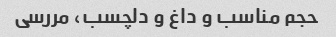
حجم مناسب و داغ و دلچسب، مررسی